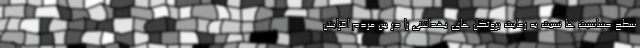
سطح حساسیت ها نسبت به رعایت پروتکل های بهداشتی را در بین مردم افزایش